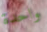
واحدة